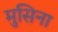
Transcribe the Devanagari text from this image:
मुसिना